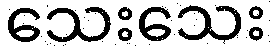
သေးသေး